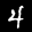
Digit: 4